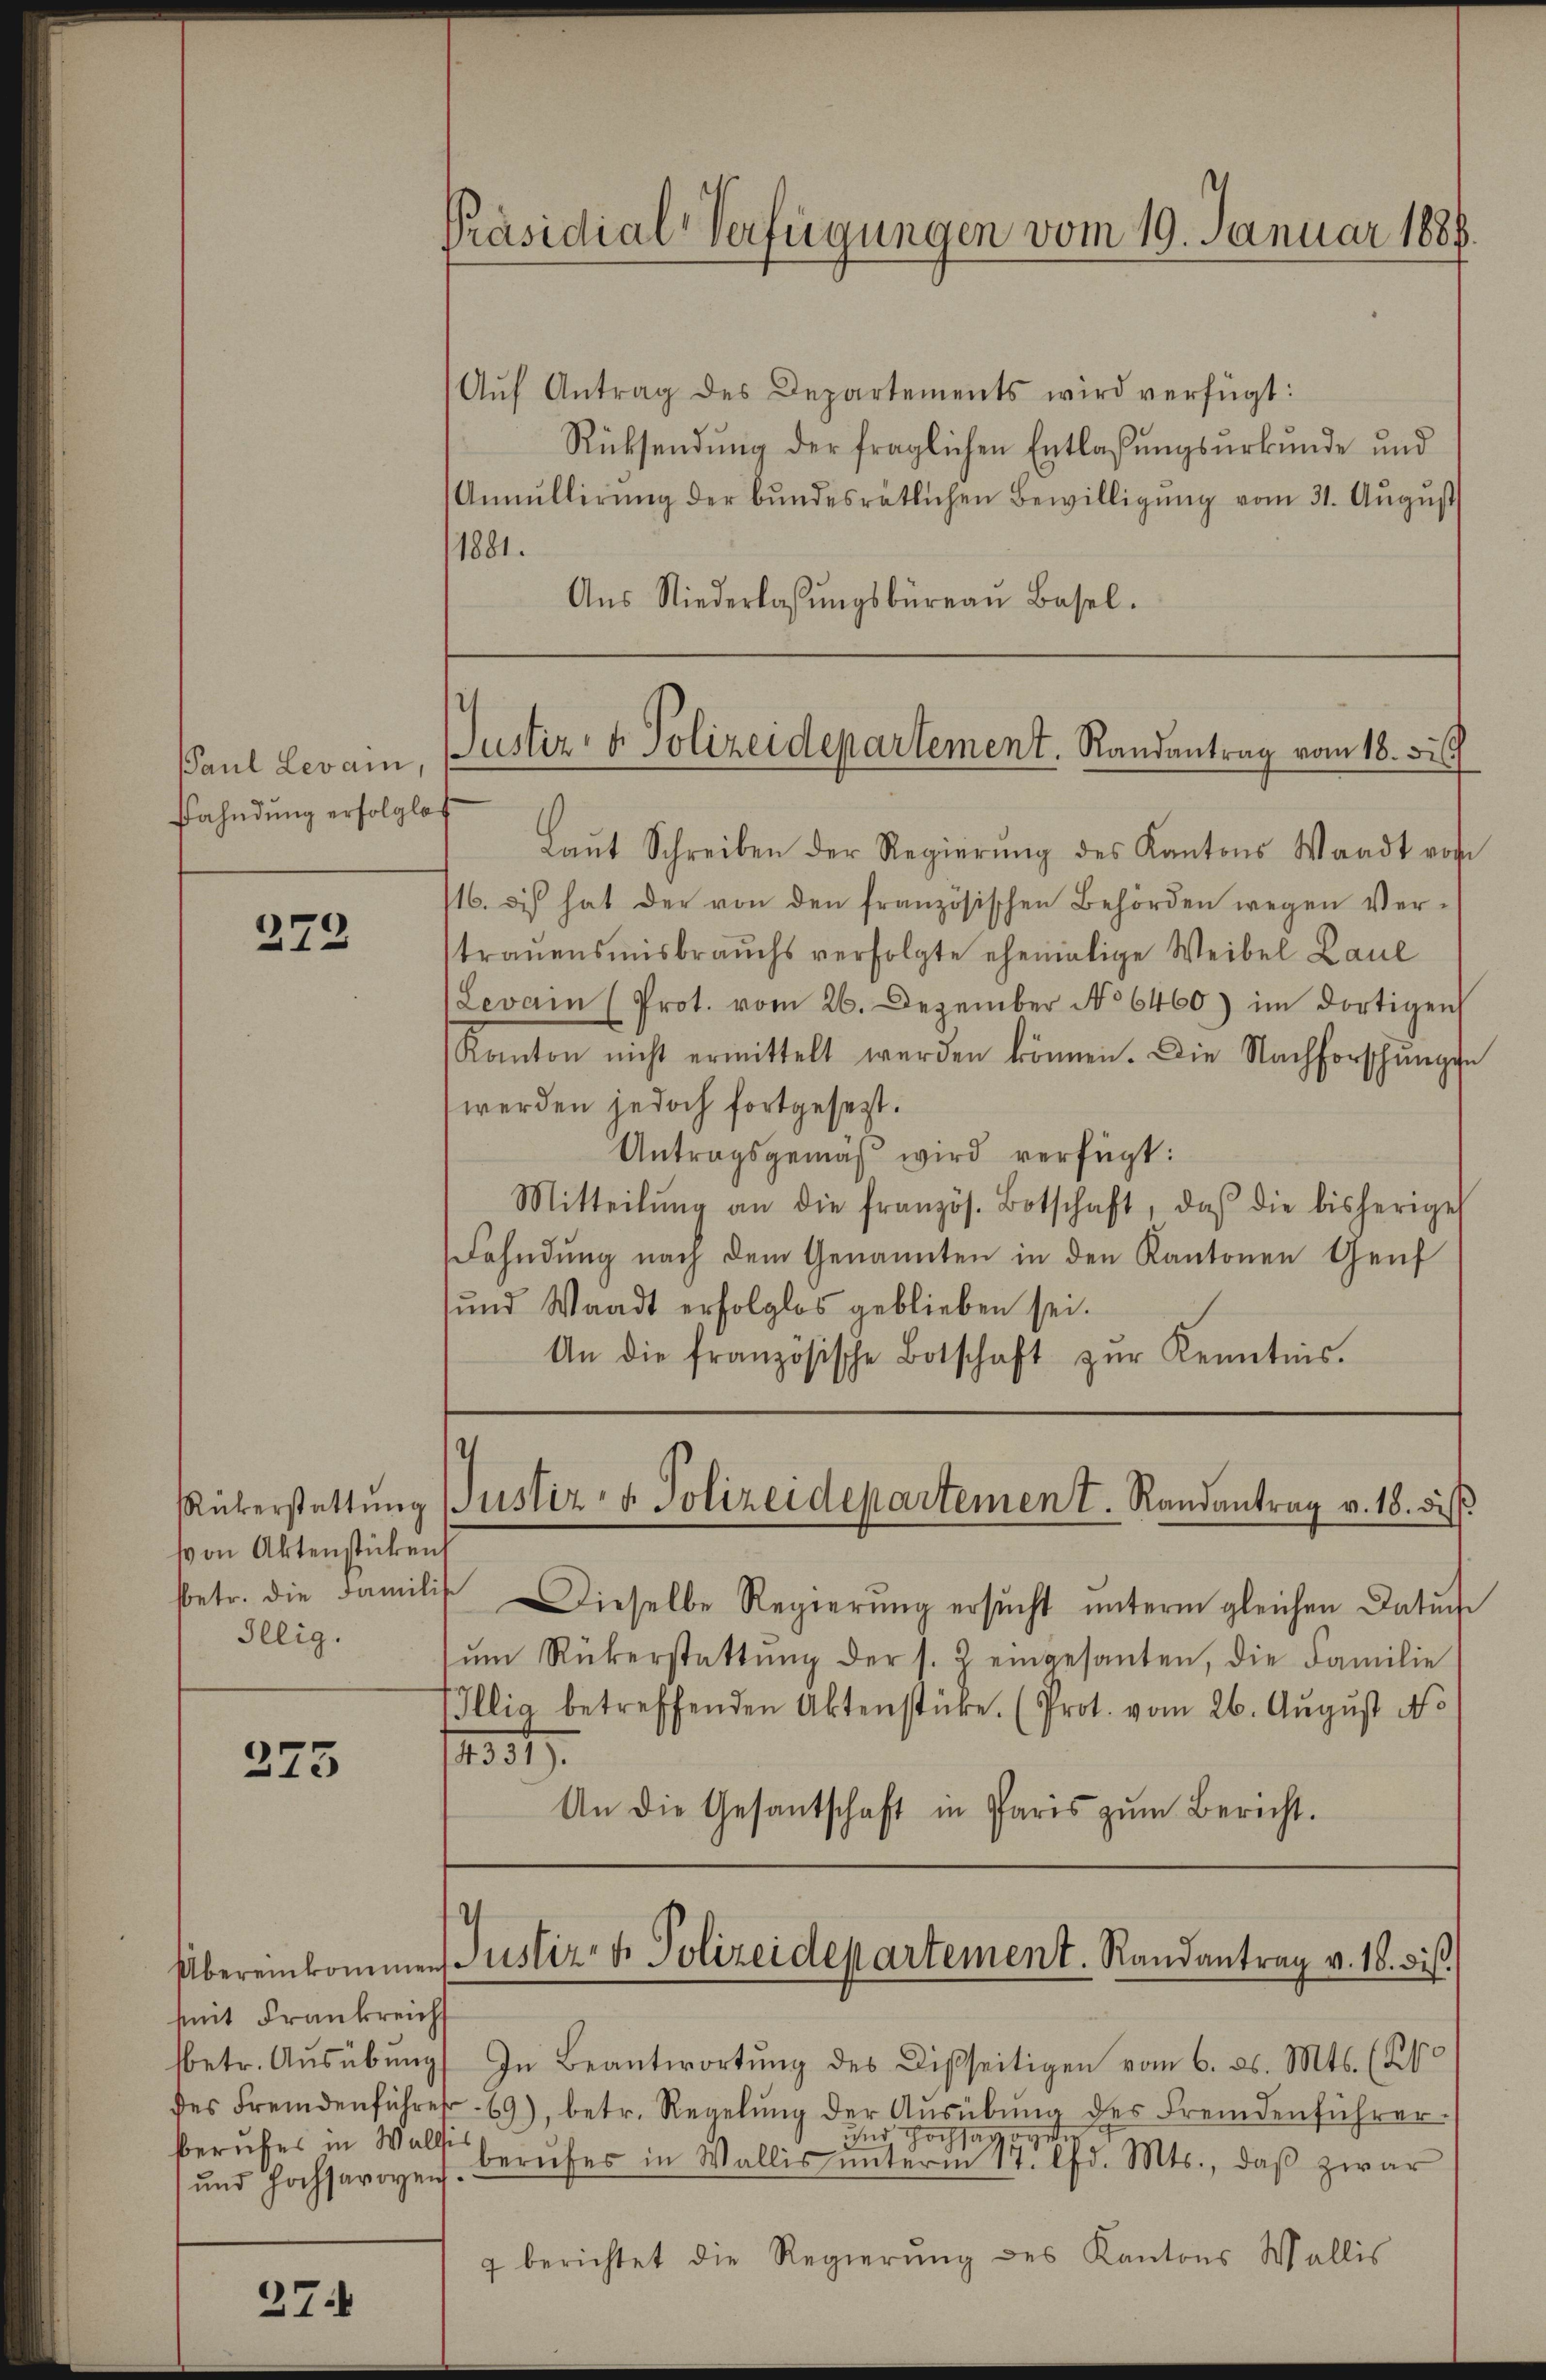
Paul Levam,
fahndung erfolglo

272

von Aktenstücken
Illig.

275

mit Frankreicht
bberufes in Walli

37

Präsidial-Verfügungen vom 10. Januar 1886.

it
Justiz- & Polizeidepartement. Randantrag vom 18. di

.
Rükerstattŭng Justiz- & Polizeidepartement. Randantrag v. 18. diss

Aŭf Antrag des Departements wird verfügt:
Rücksendung der fraglichen Entlaßungsurkunde und
Annullirŭng der bŭndesrätlichen Bewilligŭng vom 31. Aŭgŭst
1881.
Aŭs Niederlassŭngsbüreaŭ Basel.
Laut Schreiben der Regierung des Kantons Waadt rohe
116. dis hat der von den französischen Behörden wegen Ver-
trauensmisbrauchs verfolgte ehemalige Weibel Laul
Levain (Prot. vom 26. Dezember No 6460) im dortigen
Kanton nicht ermittelt werden können. Die Nachforschŭngen
werden jedoch fortgesezt.
Antragsgemäß wird verfügt:
Mitteilŭng an die französ. Botschaft, daß die bisherige
Fahndung nach dem Genannten in den Kantonen Genf
sund Waadt erfolglos geblieben sei.
An die französische Botschaft zŭr Kenntnis.

bbetr. die Familis. Dieselbe Regierŭng ersŭcht ŭnterm gleichen Datŭche
ŭm Rükerstattŭng der s. 2 eingesanten, die Familie
(Illig betreffenden Aktenstücke. (Prot. vom 26. August No
14331).
An die Gesantschaft in Paris zŭm Bericht.

Übereinkommen Zustiz- & Polizeidepartement. Randantrag v. 18. bis

lbetr. Aŭsübŭng. In Beantwortŭng des Disseitigen vom 6. ds. Mts. (s
des Fremdenführe 69), betr. Regelŭng der Aŭsübŭng des Fremdenführer
und Hochsagorster
ŭnd Hochsavoyens Berufes in Wallis ŭnterm 17. lfd. Mts., daβ zwar
 berichtet die Regierŭng des Kantons Wallis